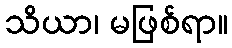
သိယာ၊ မဖြစ်ရာ။